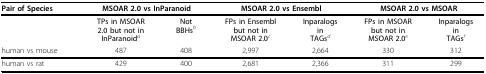
<table><thead><tr><td><b>Pair of Species</b></td><td colspan="2"><b>MSOAR 2.0 vs InParanoid</b></td><td colspan="2"><b>MSOAR 2.0 vs Ensembl</b></td><td colspan="2"><b>MSOAR 2.0 vs MSOAR</b></td></tr><tr><td></td><td><b>TPs in MSOAR2.0 but not inInParanoid<sup><i>a</i></sup></b></td><td><b>NotBBHs<sup><i>b</i></sup></b></td><td><b>FPs in Ensemblbut not inMSOAR 2.0<sup><i>c</i></sup></b></td><td><b>InparalogsinTAGs<sup><i>d</i></sup></b></td><td><b>FPs in MSOARbut not inMSOAR 2.0<sup><i>e</i></sup></b></td><td><b>InparalogsinTAGs<sup><i>f</i></sup></b></td></tr></thead><tbody><tr><td>human vs mouse</td><td>487</td><td>408</td><td>2,997</td><td>2,664</td><td>330</td><td>312</td></tr><tr><td>human vs rat</td><td>429</td><td>400</td><td>2,681</td><td>2,366</td><td>311</td><td>299</td></tr></tbody></table>